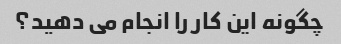
چگونه این کار را انجام می دهید؟